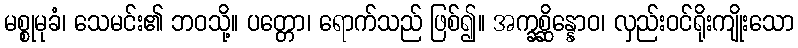
မစ္စုမုခံ၊ သေမင်း၏ ဘဝသို့။ ပတ္တော၊ ရောက်သည် ဖြစ်၍။ အက္ခစ္ဆိန္နောဝ၊ လှည်းဝင်ရိုးကျိုးသော